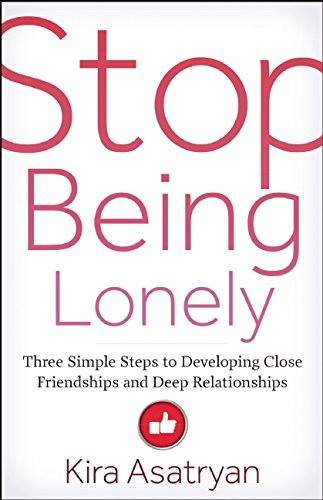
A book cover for Stop Being Lonely: Three Simple Steps to Developing Close Friendships and Deep Relationships; Kira Asatryan; Self-Help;